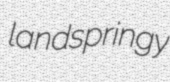
landspringy